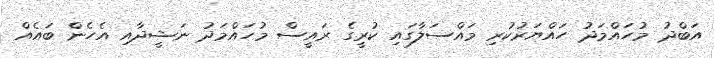
އަބްދު މުހައްމަދު ހައްޔަރުކުރި މައްސަލާގައި ކުރީގެ ރައީސް މުހައްމަދު ނަޝީދާއި އެހެން ބައެއް